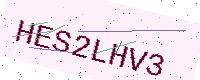
Text: HES2LHV3